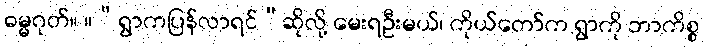
ဓမ္မဂုတ်။ ။“ရွာကပြန်လာရင်”ဆိုလို့ မေးရဦးမယ်၊ ကိုယ်တော်က ရွာကို ဘာကိစ္စ